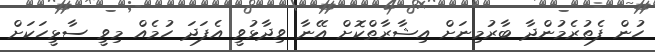
ހުން ފެތުރެމުންދާ ބާރުމިނަށް އިޝާރާތްކޮށް އޭނާ ވިދާޅުވީ އެފަދަ ހުމެއް މިވީ ސާޅީހަކަށް